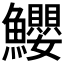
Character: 𩽢